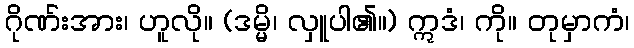
ဂိုဏ်းအား၊ ဟူလို။ (ဒမ္မိ၊ လှူပါ၏။) ဣဒံ၊ ကို။ တုမှာကံ၊